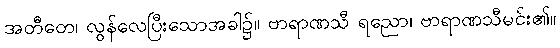
အတီတေ၊ လွန်လေပြီးသောအခါ၌။ ဗာရာဏသီ ရညော၊ ဗာရာဏသီမင်း၏။